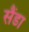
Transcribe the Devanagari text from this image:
सैंडा